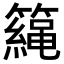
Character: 𥶀